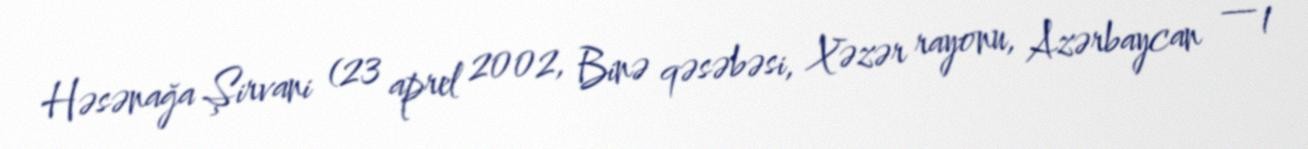
Həsənağa Şirvani (23 aprel 2002, Binə qəsəbəsi, Xəzər rayonu, Azərbaycan — 1